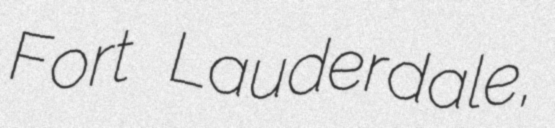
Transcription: Fort Lauderdale,